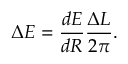
\Delta E = \frac { d E } { d R } \frac { \Delta L } { 2 \pi } .